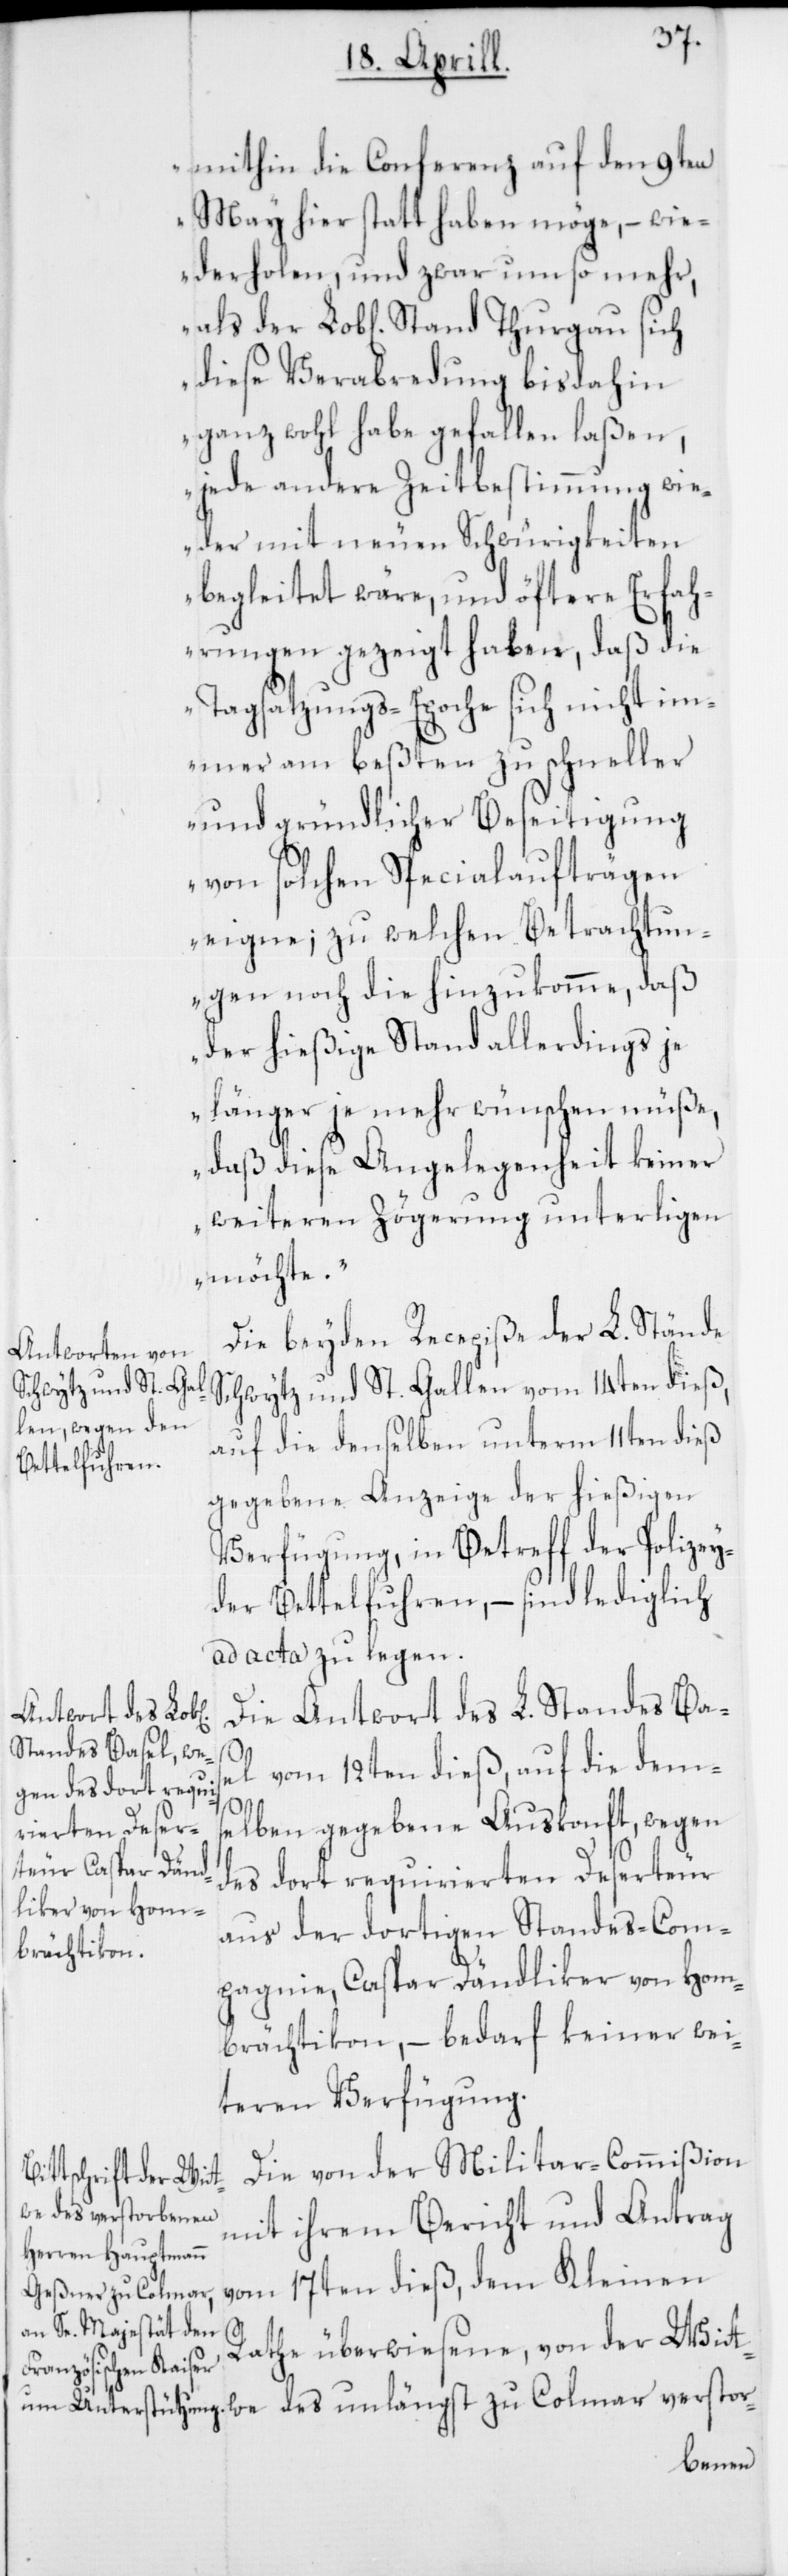
mithin die Conferenz auf den 9ten
May hier statt haben möge, – wie¬
derholen, und zwar um so mehr,
diese Verabredung bis dahin
ganz wohl habe gefallen laßen,
jede andere Zeitbestimmung wie¬
der mit neuen Schwürigkeiten
begleitet wäre, und öftere Erfah¬
rungen gezeigt haben, daß die
Tagsatzungs-Epoche sich nicht im¬
mer am beßten zu schneller
und gründlicher Beseitigung
von solchen Specialaufträgen
eigne; zu welchen Betrachtun¬
gen noch die hinzukomme, daß
der hießige Stand allerdings je
länger je mehr wünschen müße,
daß diese Angelegenheit keiner
weiteren Zögerung unterligen
möchte.“
Die beyden Recepiße der L. Stände
Schwytz und St. Gallen vom 14ten dieß,
auf die denselben unterm 11ten dieß
gegebene Anzeige der hießigen
Verfügung, in Betreff der Polizey
der Bettelfuhren, – sind lediglich
ad acta zu legen.
Die Antwort des L. Standes Bas¬
el vom 12ten dieß, auf die dem¬
selben gegebene Auskonft, wegen
des dort requirierten Deserteur
aus der dortigen Standes-Com¬
pagnie, Caspar Dändliker von Hom¬
brächtikon, – bedarf keiner wei¬
teren Verfügung.
Die von der Militar-Commißion
mit ihrem Bericht und Antrag
vom 17ten dieß, dem Kleinen
Rathe überwiesene, von der Witwe